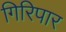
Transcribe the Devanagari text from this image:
गिरिपार